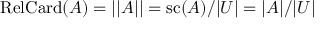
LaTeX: \operatorname { R e l C a r d } ( A ) = | | A | | = \operatorname { s c } ( A ) / | U | = | A | / | U |